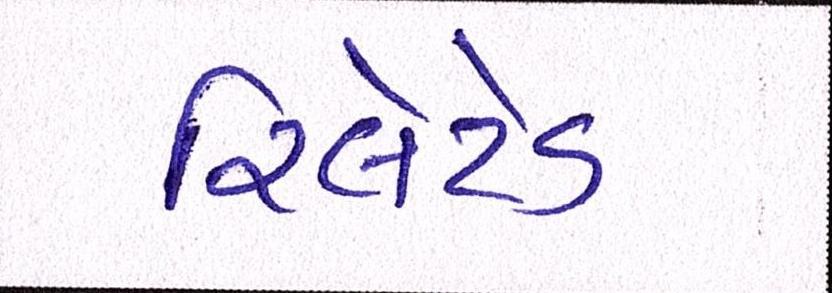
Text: રિલેટેડ